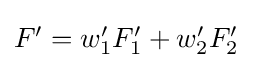
\textstyle F'=w'_{1}F'_{1}+w'_{2}F'_{2}